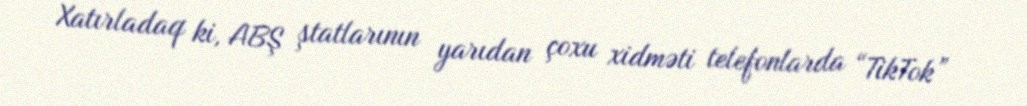
Xatırladaq ki, ABŞ ştatlarının yarıdan çoxu xidməti telefonlarda “TikTok”